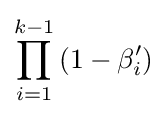
\prod _{i=1}^{k-1}\left(1-\beta '_{i}\right)